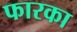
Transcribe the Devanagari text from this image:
फारका